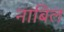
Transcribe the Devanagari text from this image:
नाबिल